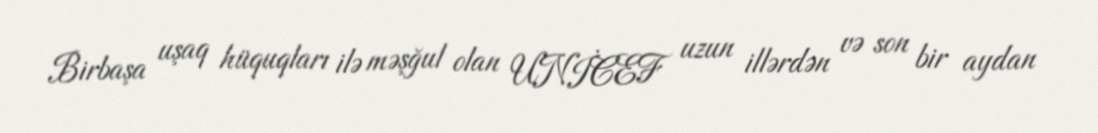
Birbaşa uşaq hüquqları ilə məşğul olan UNİCEF uzun illərdən və son bir aydan